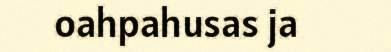
oahpahusas ja